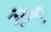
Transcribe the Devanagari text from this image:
नों